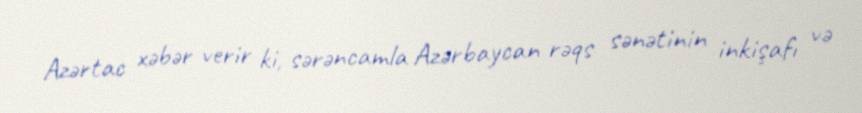
Azərtac xəbər verir ki, sərəncamla Azərbaycan rəqs sənətinin inkişafı və